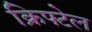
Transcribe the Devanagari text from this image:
क्रिफ्टेल